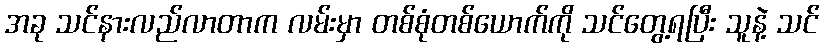
အခု သင်နားလည်လာတာက လမ်းမှာ တစ်စုံတစ်ယောက်ကို သင်တွေ့ရပြီး သူနဲ့ သင်